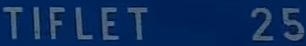
TIFLET25